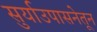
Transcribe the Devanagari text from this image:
सुर्याउपासनेतून